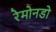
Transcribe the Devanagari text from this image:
रेमोनडो